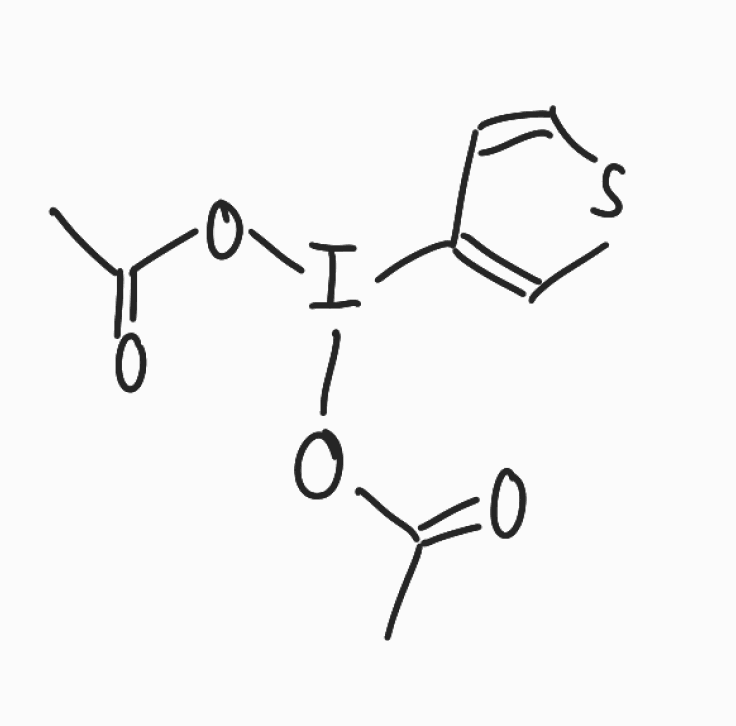
Simplified molecular-input line-entry system (SMILES) notation of the given molecule:
CC(=O)OI(C1=CSC=C1)OC(=O)C